Indian journal of veterinary science and animal husbandry - Volume 2,
Year: 1932
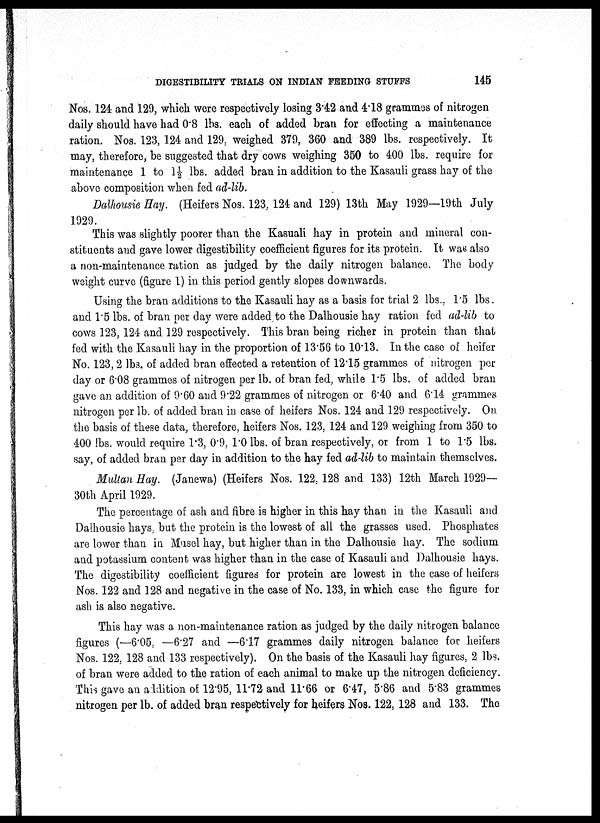
DIGESTIBILITY TRIALS ON INDIAN FEEDING STUFFS
145
Nos. 124 and 129, which were respectively losing 3.42 and 4.18 grammes of nitrogen
daily should have had 0.8 lbs. each of added bran for effecting a maintenance
ration. Nos. 123, 124 and 129, weighed 379, 360 and 389 lbs. respectively. It
may, therefore, be suggested that dry cows weighing 350 to 400 lbs. require for
maintenance 1 to 1½ lbs. added bran in addition to the Kasauli grass hay of the
above composition when fed ad-lib.
Dalhousie Hay. (Heifers Nos. 123, 124 and 129) 13th May 1929—19th July
1929.
This was slightly poorer than the Kasuali hay in protein and mineral con-
stituents and gave lower digestibility coefficient figures for its protein. It was also
a non-maintenance ration as judged by the daily nitrogen balance. The body
weight curve (figure 1) in this period gently slopes downwards.
Using the bran additions to the Kasauli hay as a basis for trial 2 lbs., 1.5 lbs.
and 1.5 lbs. of bran per day were added to the Dalhousie hay ration fed ad-lib to
cows 123, 124 and 129 respectively. This bran being richer in protein than that
fed with the Kasauli hay in the proportion of 13.56 to 10.13. In the case of heifer
No. 123, 2 lbs. of added bran effected a retention of 12.15 grammes of nitrogen per
day or 6.08 grammes of nitrogen per lb. of bran fed, while 1.5 lbs. of added bran
gave an addition of 9.60 and 9.22 grammes of nitrogen or 6. 40 and 6.14 grammes
nitrogen per lb. of added bran in case of heifers Nos. 124 and 129 respectively. On
the basis of these data, therefore, heifers Nos. 123, 124 and 129 weighing from 350 to
400 lbs. would require 1.3, 0.9, 1.0 lbs. of bran respectively, or from 1 to 1.5 lbs.
say, of added bran per day in addition to the hay fed ad-lib to maintain themselves.
Multan Hay. (Janewa) (Heifers Nos. 122, 128 and 133) 12th March 1929—
30th April 1929.
The percentage of ash and fibre is higher in this hay than in the Kasauli and
Dalhousie hays, but the protein is the lowest of all the grasses used. Phosphates
are lower than in Musel hay, but higher than in the Dalhousie hay. The sodium
and potassium content was higher than in the case of Kasauli and Dalhousie hays.
The digestibility coefficient figures for protein are lowest in the case of heifers
Nos. 122 and 128 and negative in the case of No. 133, in which case the figure for
ash is also negative.
This hay was a non-maintenance ration as judged by the daily nitrogen balance
figures (—6.05, —6.27 and —6.17 grammes daily nitrogen balance for heifers
Nos. 122, 128 and 133 respectively). On the basis of the Kasauli hay figures, 2 lbs.
of bran were added to the ration of each animal to make up the nitrogen deficiency.
This gave an addition of 12.95, 11.72 and 11.66 or 6.47, 5.86 and 5.83 grammes
nitrogen per lb. of added bran respectively for heifers Nos. 122, 128 and 133. The